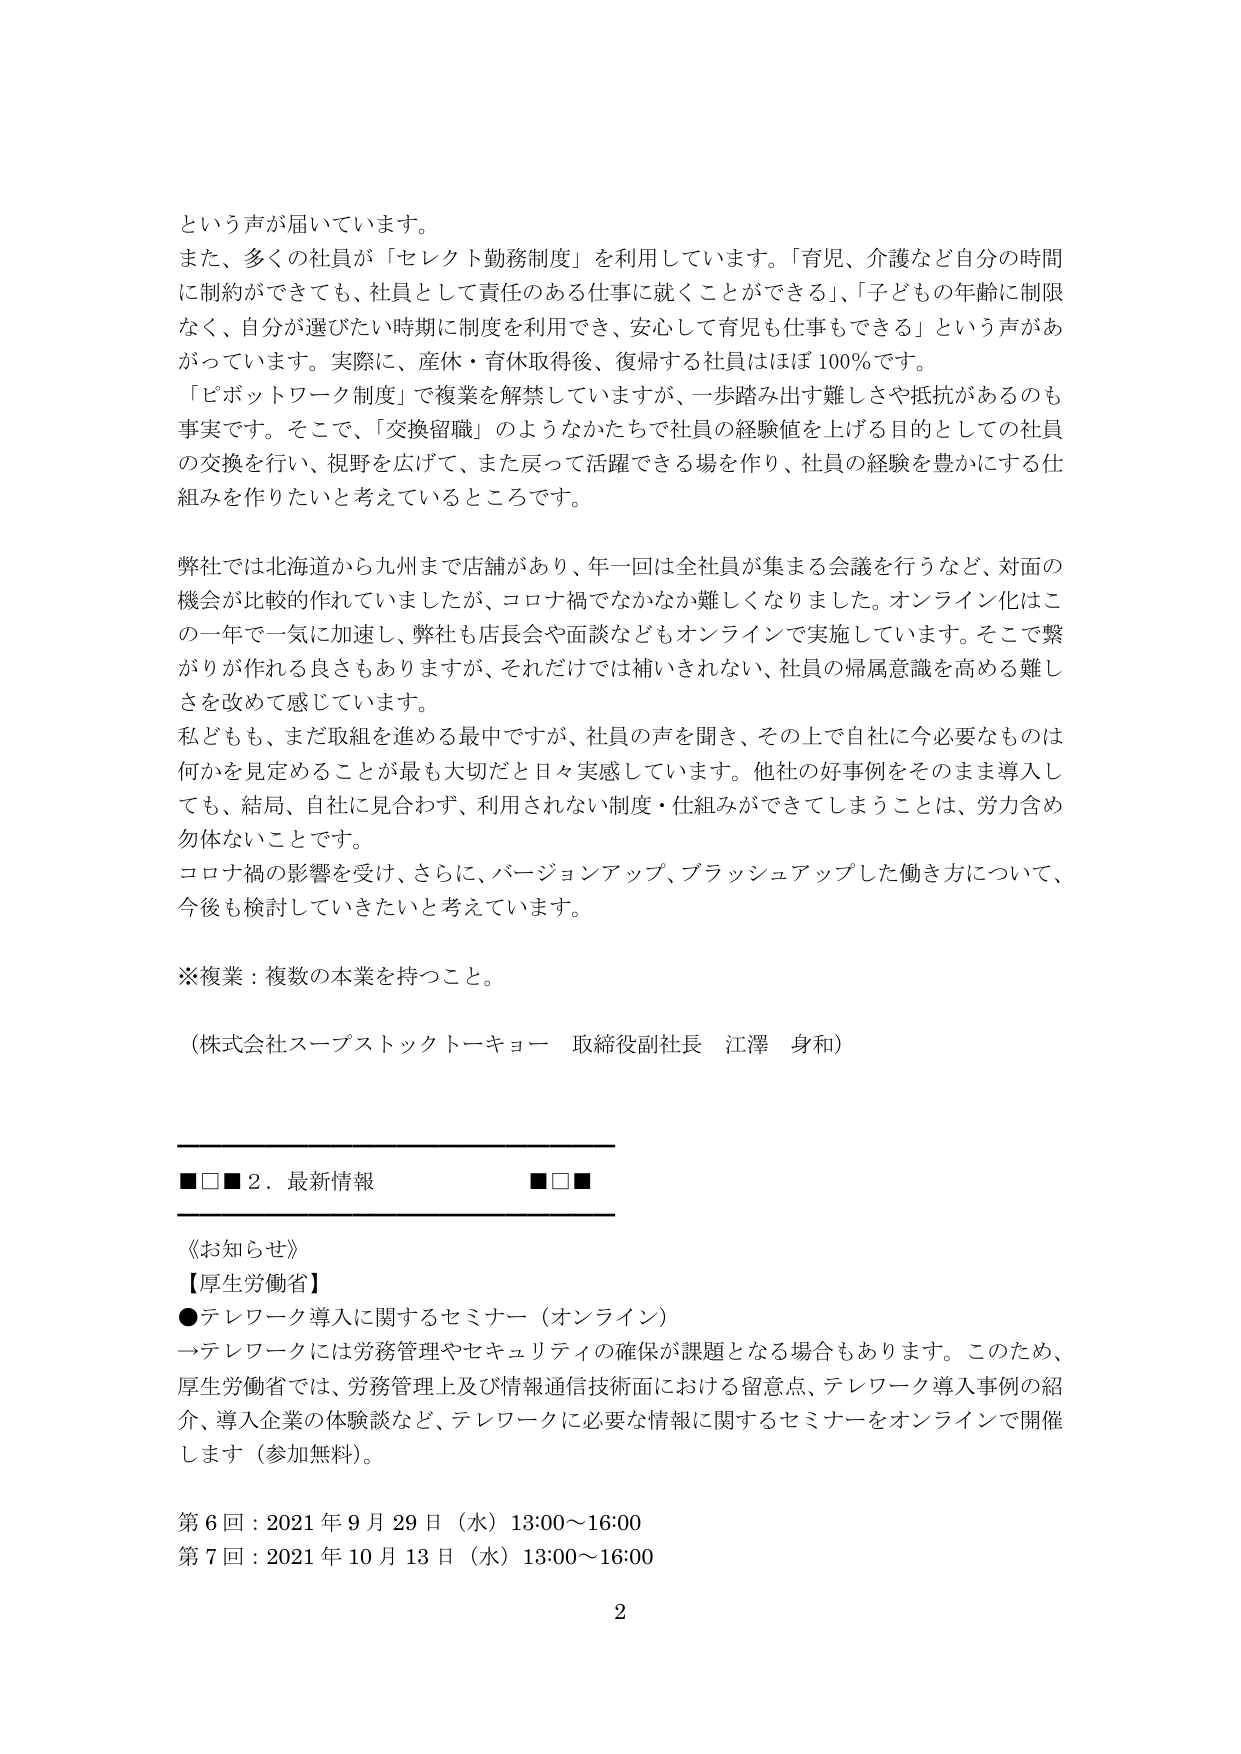
という声が届いています。
また、多くの社員が「セレクト勤務制度」を利用しています。「育児、介護など自分の時間に制約ができても、社員として責任のある仕事に就くことができる」、「子どもの年齢に制限なく、自分が選びたい時期に制度を利用でき、安心して育児も仕事もできる」という声があがっています。実際に、産休・育休取得後、復帰する社員はほぼ100％です。
「ピボットワーク制度」で復業を解禁していますが、一歩踏み出す難しさや抵抗があるのも事実です。そこで、「交換留職」のようなかたちで社員の経験値を上げる目的としての社員の交換を行い、視野を広げて、また戻って活躍できる場を作り、社員の経験を豊かにする仕組みを作りたいと考えているところです。

弊社では北海道から九州まで店舗があり、年一回は全社員が集まる会議を行うなど、対面の機会が比較的作れていましたが、コロナ禍でなかなか難しくなりました。オンライン化はこの一年で一気に加速し、弊社も店長会や面談などもオンラインで実施しています。そこで繋がりが作れる良さもありますが、それだけでは補いきれない、社員の帰属意識を高める難しさを改めて感じています。
私どもも、まだ取組を進める最中ですが、社員の声を聞き、その上で自社に今必要なものは何かを見定めることが最も大切だと日々実感しています。他社の好事例をそのまま導入しても、結局、自社に見合わず、利用されない制度・仕組みができてしまうことは、労力含め勿体ないことです。
コロナ禍の影響を受け、さらに、バージョンアップ、ブラッシュアップした働き方について、今後も検討していきたいと考えています。

※復業：複数の本業を持つこと。

（株式会社スーパーストックトーキョー 取締役副社長 江澤 身和）

■□■ 2．最新情報 ■□■

《お知らせ》
【厚生労働省】
●テレワーク導入に関するセミナー（オンライン）
→テレワークには労務管理やセキュリティの確保が課題となる場合もあります。このため、厚生労働省では、労務管理上及び情報通信技術面における留意点、テレワーク導入事例の紹介、導入企業の体験談など、テレワークに必要な情報に関するセミナーをオンラインで開催します（参加無料）。

第6回：2021年9月29日（水）13:00～16:00
第7回：2021年10月13日（水）13:00～16:00

2